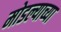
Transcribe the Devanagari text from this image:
मोडल्याच्या